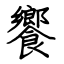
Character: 饗